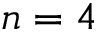
n = 4